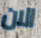
الان